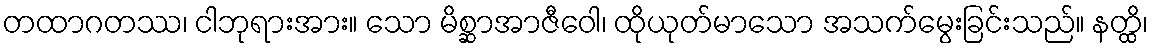
တထာဂတဿ၊ ငါဘုရားအား။ သော မိစ္ဆာအာဇီဝေါ၊ ထိုယုတ်မာသော အသက်မွေးခြင်းသည်။ နတ္ထိ၊